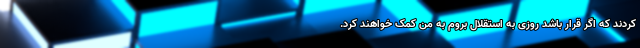
کردند که اگر قرار باشد روزی به استقلال بروم به من کمک خواهند کرد.